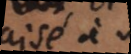
aisé a